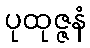
ပုထုဇ္ဇနံ